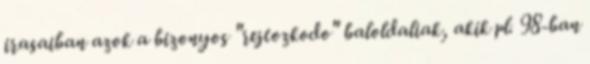
irasaiban azok a bizonyos "rejtozkodo" baloldaliak, akik pl. 98-ban